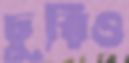
চুরিও